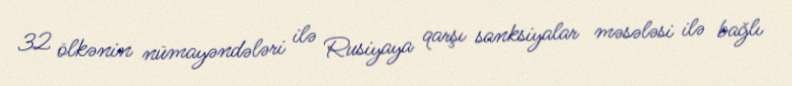
32 ölkənin nümayəndələri ilə Rusiyaya qarşı sanksiyalar məsələsi ilə bağlı